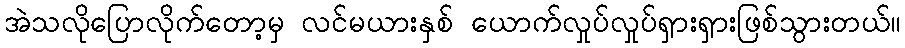
အဲသလိုပြောလိုက်တော့မှ လင်မယားနှစ် ယောက်လှုပ်လှုပ်ရှားရှားဖြစ်သွားတယ်။